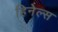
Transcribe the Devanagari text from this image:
हिनेल्स